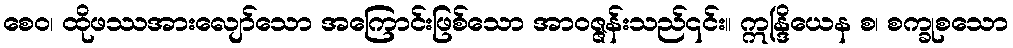
စေဝ၊ ထိုဖဿအားလျော်သော အကြောင်းဖြစ်သော အာဝဇ္ဇန်းသည်၎င်း။ ဣန္ဒြိယေန စ၊ စက္ခုစသော